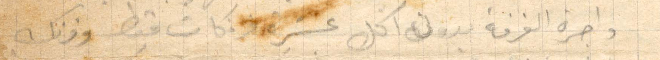
واحرة الغرفة بدون اكل عشرة فرنكات فقط وفرنك